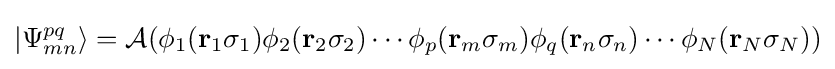
|\Psi _{mn}^{pq}\rangle ={\mathcal {A}}(\phi _{1}(\mathbf {r} _{1}\sigma _{1})\phi _{2}(\mathbf {r} _{2}\sigma _{2})\cdots \phi _{p}(\mathbf {r} _{m}\sigma _{m})\phi _{q}(\mathbf {r} _{n}\sigma _{n})\cdots \phi _{N}(\mathbf {r} _{N}\sigma _{N}))